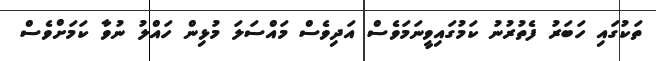
ތަކުގައި ހަބަރު ފެތުރުނު ކަމުގައިވީނަމަވެސް އަދިވެސް މައްސަލަ މުޅިން ހައްލު ނުވާ ކަމަށްވެސް